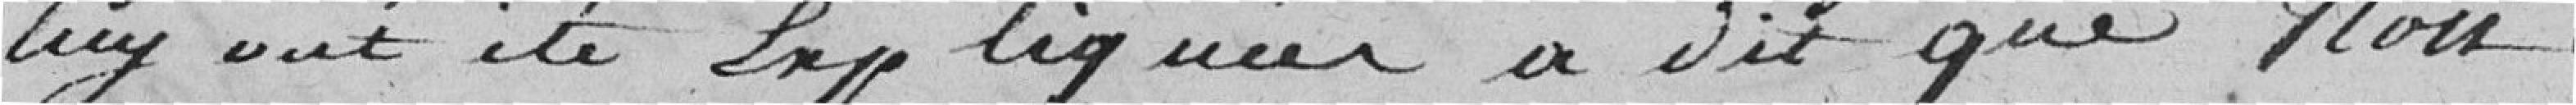
luy ont été expliquées ; a dit que non.